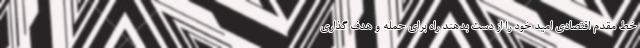
خط مقدم اقتصادی امید خود را از دست بدهند راه برای حمله و هدف گذاری